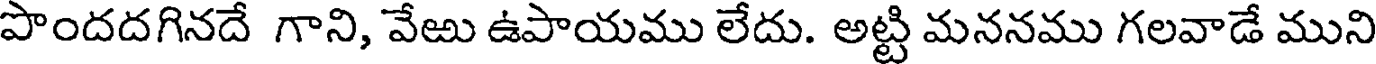
పొందదగినదే గాని, వేఱు ఉపాయము లేదు. అట్టి మననము గలవాడే ముని